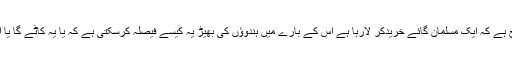
یہ کیسا جنگل راج ہے کہ ایک مسلمان گائے خریدکر لارہا ہے اس کے بارے میں ہندوؤں کی بھیڑ یہ کیسے فیصلہ کرسکتی ہے کہ یا یہ کاٹے گا یا اسمگل کردے گا؟